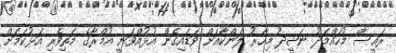
ރައީސް މުހައްމަދު ނަޝީދު މިހާރު ލަންކާއަށް ވަޑައިގެން އުޅުއްވަނީ އުމްރާގެ މަތިވެރި އަޅުކަމަށް